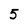
Character: 5